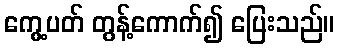
ကွေ့ပတ် တွန့်ကောက်၍ ပြေးသည်။